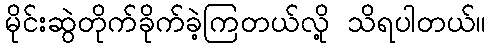
မိုင်းဆွဲတိုက်ခိုက်ခဲ့ကြတယ်လို့ သိရပါတယ်။